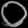
Digit: ၀